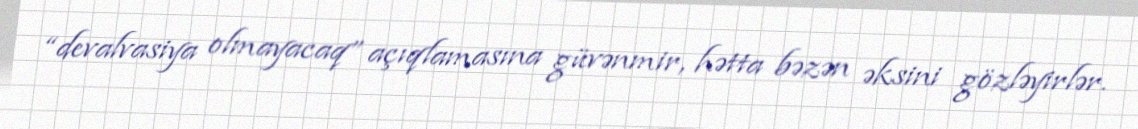
“devalvasiya olmayacaq” açıqlamasına güvənmir, hətta bəzən əksini gözləyirlər.